Lock hospitals Punjab
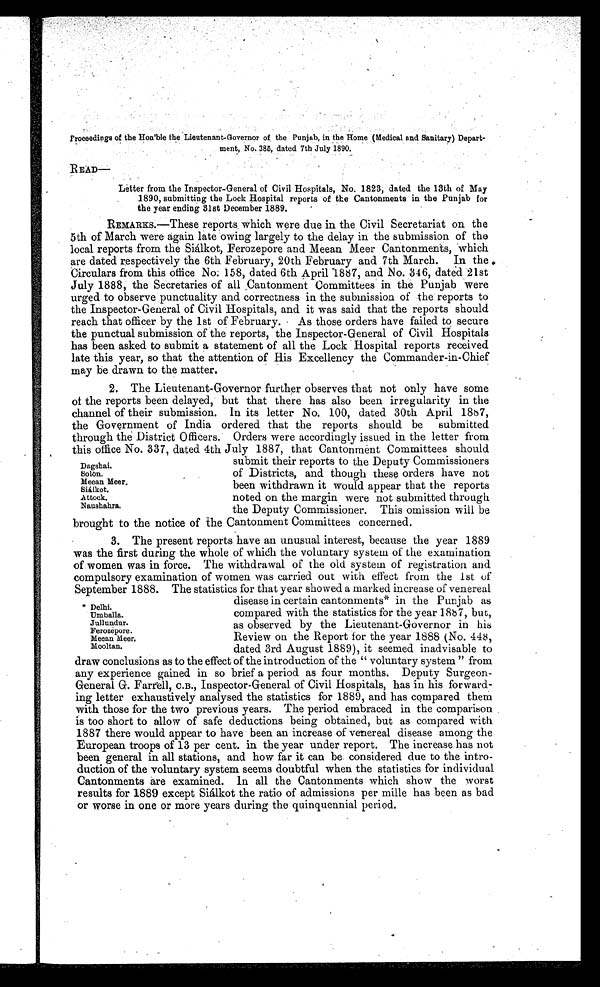
Froceedings of the Honble the Lieutenant Governor of the Punjab, in the Home (Medical and Sanitary) Depart-
ment, No. 385, dated 7th July 1890.
READ—
Litter from the Inspector-General of Civil Hospitals, No. 1823, dated the 13th of May
1890, submitting the Lock Hospital reports of the Cantonments in the Punjab for
the year ending 31st December 1889.
REMARKS.—These reports which were due in the Civil Secretariat on the
5th of March were again late owing largely to the delay in the submission of the
local reports from the Siálkot, Ferozepore and Meean Meer Cantonments, which
are dated respectively the 6th February, 20th February and 7th March. In the
Circulars from this office No: 158, dated 6th April 1887, and No. 346, dated 21st
July 1888, the Secretaries of all Cantonment Committees in the Punjab were
urged to observe punctuality and correctness in the submission of the reports to
the Inspector-General of Civil Hospitals, and it was said that the reports should
reach that officer by the 1st of February. As those orders have failed to secure
the punctual submission of the reports, the Inspector-General of Civil Hospitals
has been asked to submit a statement of all the Lock Hospital reports received
late this year, so that the attention of His Excellency the Commander-in-Chief
may be drawn to the matter.
2. The Lieutenant-Governor further observes that not only have some
of the reports been delayed, but that there has also been irregularity in the
channel of their submission. In its letter No. 100, dated 30th April 1887,
the Government of India ordered that the reports should be submitted
through the District Officers. Orders were accordingly issued in the letter from
this office No. 337, dated 4th July 1887, that Cantonment Committees should
submit their reports to the Deputy Commissioners
of Districts, and though these orders have not
been withdrawn it would appear that the reports
noted on the margin were not submitted through
the Deputy Commissioner. This omission will be
brought to the notice of the Cantonment Committees concerned.
3. The present reports have an unusual interest, because the year 1889
was the first during the whole of which the voluntary system of the examination
of women was in force. The withdrawal of the old system of registration and
compulsory examination of women was carried out with effect from the 1st of
September 1888. The statistics for that year showed a marked increase of venereal
disease in certain cantonments* in the Punjab as
compared with the statistics for the year 1887, but,
as observed by the Lieutenant-Governor in his
Review on the Report for the year 1888 (No. 448,
dated 3rd August 1889), it seemed inadvisable to
draw conclusions as to the effect of the introduction of the " voluntary system " from
any experience gained in so brief a period as four months. Deputy Surgeon-
General G. Farrell, C.B., Inspector-General of Civil Hospitals, has in his forward-
ing letter exhaustively analysed the statistics for 1889, and has compared them
with those for the two previous years. The period embraced in the comparison
is too short to allow of safe deductions being obtained, but as compared with
1887 there would appear to have been an increase of venereal disease among the
European troops of 13 per cent. in the year under report. The increase has not
been general in all stations, and how far it can be considered due to the intro-
duction of the voluntary system seems doubtful when the statistics for individual
Cantonments are examined. In all the Cantonments which show the worst
results for 1889 except Siálkot the ratio of admissions per mille has been as bad
or worse in one or more years during the quinquennial period.
Dagshai.
Solon,
Meean Meer,
Siálkot.
Attock.
Naushahra.
* Delhi.
Umballa.
Jullundur.
Ferozepore.
Meean Meer.
Mooltan.